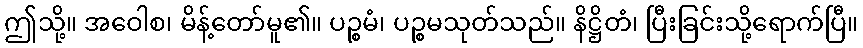
ဤသို့။ အဝေါစ၊ မိန့်တော်မူ၏။ ပဉ္စမံ၊ ပဉ္စမသုတ်သည်။ နိဋ္ဌိတံ၊ ပြီးခြင်းသို့ရောက်ပြီ။